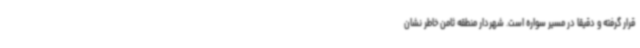
قرار گرفته و دقیقا در مسیر سواره است. شهردار منطقه ثامن خاطر نشان